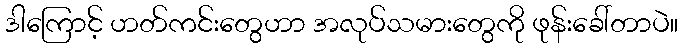
ဒါကြောင့် ဟတ်ကင်းတွေဟာ အလုပ်သမားတွေကို ဖုန်းခေါ်တာပဲ။